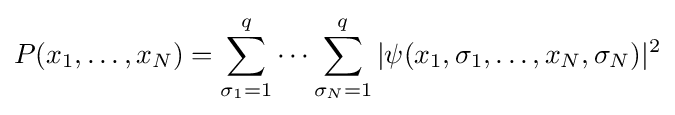
P(x_{1},\dots ,x_{N})=\sum _{\sigma _{1}=1}^{q}\cdots \sum _{\sigma _{N}=1}^{q}|\psi (x_{1},\sigma _{1},\dots ,x_{N},\sigma _{N})|^{2}